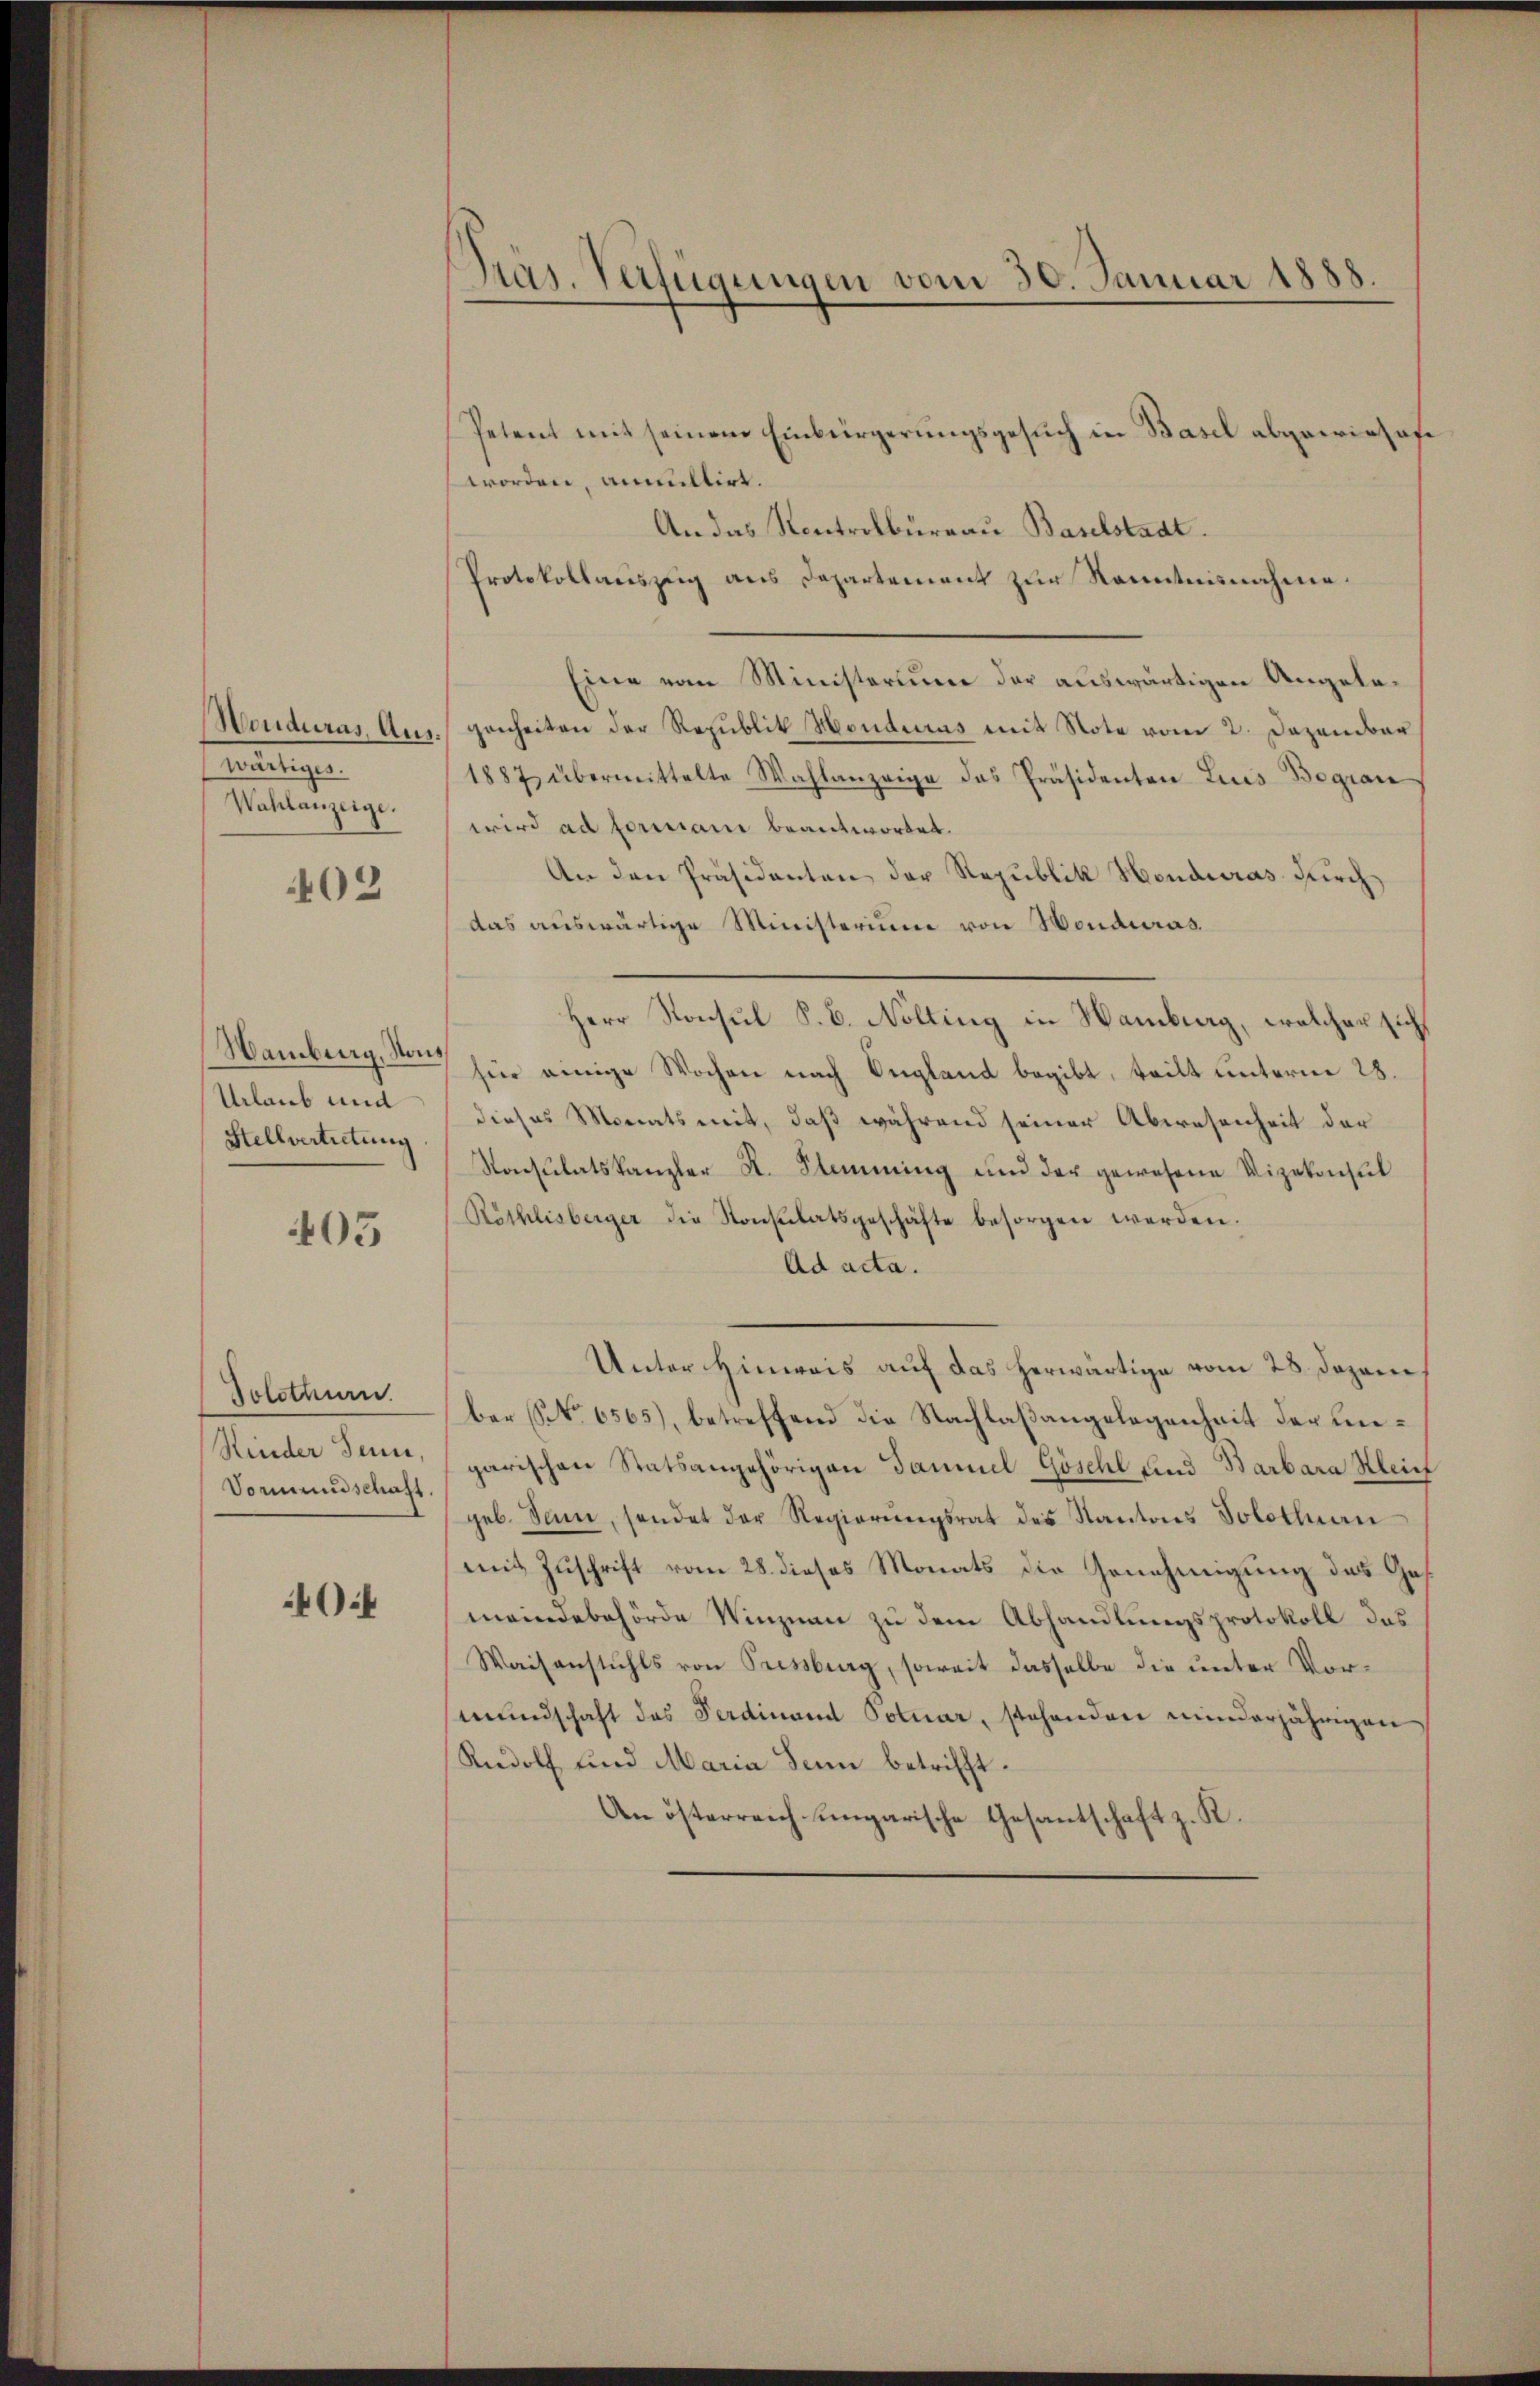
Honduras Aus
Beseitigen
Wahlanzeige.

402

Hamburg, Nous
Urlaub und
Stellvertretung

403

Solothurn.
Kinder Jenne,
Vormundschaft.

0

Präs. Verfügungen vom 30. Januar 1888.

Petent mit seinem Einbürgerungsgesuch in Basel abgewiesese
worden, anmultirt.
An das Kontrolbureau Baselstadt.
Protokollauszug aus Departement zur Kenntnisnahme.
Eine vom Ministerium der auswärtigen Angelegenheiten der Republik Hondicus mit Note vom 2. Dezember
1887 übermittelte Wahlanzeige das Präsidenten Zins Begian
wird ad formani beantwortet.
An den Präsidenten der Republik Honduras durch
das auswärtige Ministerium von Honduras.
Herr Konsul S. B. Nolling in Hamburg, welcher sich
für einige Wochen nach England begibt, teilt unterm 28.
dieses Monatsmit, daß während seiner Abwesenheit der
Konsulatskanzler K. Stimmung und der gewesene Vizekonsul
Röthlisberger die Konsulatsgeschäfte besorgen werden.
Ad acta.
Unter Hinweis auf das herwärtige vom 28. Dezem
ber No. 6565), betreffend die Nachlaßangelegenheit der Leigarischen Statsangehörigen Daniel Göschl und Barbara Klein
geb. Sam, sendet der Regierŭngsrat des Kantons Solothurn
mit Zuschrift vom 28. dieses Monats die Genehmigung das Gemeindebehörde Winznau zu dem Abhandlungsprotokoll das
Waisanstuhls von Pressburg, soweit dasselbe die unter Vormŭndschaft des Ferdinand Potuar, stehenden minderjährigen
Rudolf und Maria Senn betrifft.
An österreich ungarische Gesantschaft z. K.